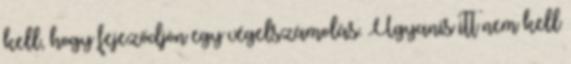
kell, hogy fejeződjön egy végelszámolás. Ugyanis itt nem kell